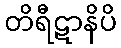
တိရီဋာနိပိ